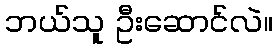
ဘယ်သူ ဦးဆောင်လဲ။